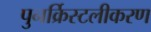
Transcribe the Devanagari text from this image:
पुनर्क्रिस्टलीकरण